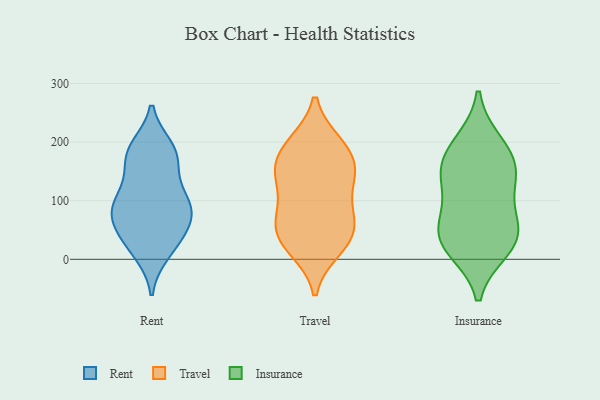
{"axis": {"x": "Gross Profit (USD K)", "y": "Value"}, "legend": ["Insurance", "Rent", "Travel"], "data": [{"x": "", "y": 99, "type": "Rent"}, {"x": "", "y": 97, "type": "Rent"}, {"x": "", "y": 80, "type": "Rent"}, {"x": "", "y": 41, "type": "Rent"}, {"x": "", "y": 184, "type": "Rent"}, {"x": "", "y": 190, "type": "Rent"}, {"x": "", "y": 101, "type": "Rent"}, {"x": "", "y": 95, "type": "Rent"}, {"x": "", "y": 191, "type": "Rent"}, {"x": "", "y": 169, "type": "Rent"}, {"x": "", "y": 73, "type": "Rent"}, {"x": "", "y": 10, "type": "Rent"}, {"x": "", "y": 138, "type": "Rent"}, {"x": "", "y": 14, "type": "Rent"}, {"x": "", "y": 45, "type": "Rent"}, {"x": "", "y": 167, "type": "Rent"}, {"x": "", "y": 76, "type": "Rent"}, {"x": "", "y": 46, "type": "Rent"}, {"x": "", "y": 55, "type": "Travel"}, {"x": "", "y": 131, "type": "Travel"}, {"x": "", "y": 194, "type": "Travel"}, {"x": "", "y": 38, "type": "Travel"}, {"x": "", "y": 69, "type": "Travel"}, {"x": "", "y": 159, "type": "Travel"}, {"x": "", "y": 79, "type": "Travel"}, {"x": "", "y": 145, "type": "Travel"}, {"x": "", "y": 91, "type": "Travel"}, {"x": "", "y": 44, "type": "Travel"}, {"x": "", "y": 17, "type": "Travel"}, {"x": "", "y": 19, "type": "Travel"}, {"x": "", "y": 145, "type": "Travel"}, {"x": "", "y": 198, "type": "Travel"}, {"x": "", "y": 154, "type": "Travel"}, {"x": "", "y": 196, "type": "Travel"}, {"x": "", "y": 137, "type": "Insurance"}, {"x": "", "y": 134, "type": "Insurance"}, {"x": "", "y": 54, "type": "Insurance"}, {"x": "", "y": 154, "type": "Insurance"}, {"x": "", "y": 71, "type": "Insurance"}, {"x": "", "y": 31, "type": "Insurance"}, {"x": "", "y": 19, "type": "Insurance"}, {"x": "", "y": 197, "type": "Insurance"}, {"x": "", "y": 34, "type": "Insurance"}, {"x": "", "y": 181, "type": "Insurance"}]}